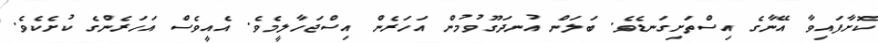
ކޮށާފައިވާ އޭނާގެ އިސްތަށިގަނޑެވެ. ބަލަން އުނދަގޫވުމުން އަހަރެން އިސްޖަހާލީމެވެ. އެއީވެސް އަހަރެންގެ ކުށެކެވެ.